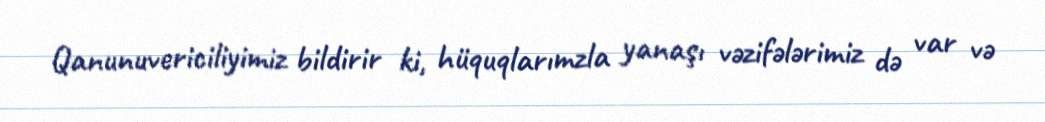
Qanunuvericiliyimiz bildirir ki, hüquqlarımzla yanaşı vəzifələrimiz də var və